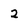
Character: 2